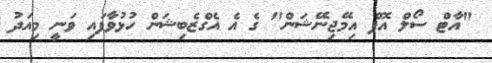
"އާޓް ސޯލް އޮފް އިމޭޖިނޭޝަން" ގެ އެ އެގްޒެބިޝަން ހުޅުވާފައި ވަނީ މިއަދު